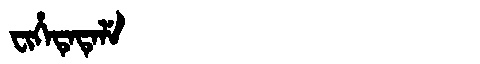
Manchu: ᠸᡳᡥᡝᡨᡝᡨᡝᠯᡝ
Romanization: FIHETETELE